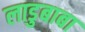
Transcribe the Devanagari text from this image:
लाडुबाबा